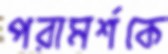
পরামর্শকে